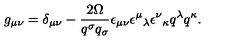
g _ { \mu \nu } = \delta _ { \mu \nu } - \frac { 2 \Omega } { q ^ { \sigma } q _ { \sigma } } \epsilon _ { \mu \nu } \epsilon ^ { \mu } { } _ { \lambda } \epsilon ^ { \nu } { } _ { \kappa } q ^ { \lambda } q ^ { \kappa } .